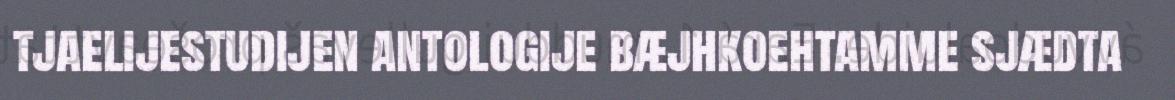
tjaelijestudijen antologije bæjhkoehtamme sjædta